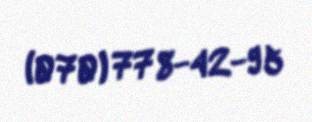
(070) 778-42-95